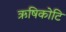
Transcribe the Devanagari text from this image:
ऋषिकोटि